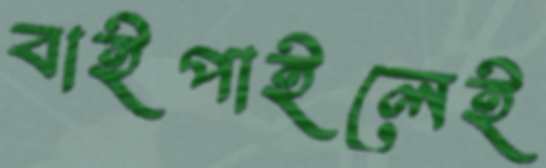
বাইপাইলেই